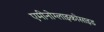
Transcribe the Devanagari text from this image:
एमीनोग्लाइकोसाइड